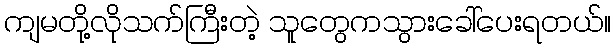
ကျမတို့လိုသက်ကြီးတဲ့ သူတွေကသွားခေါ်ပေးရတယ်။